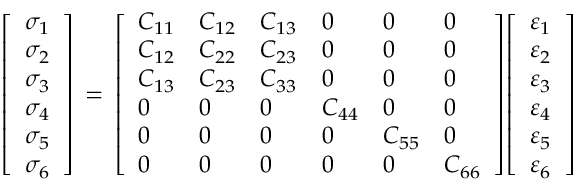
{ \left[ \begin{array} { l } { \sigma _ { 1 } } \\ { \sigma _ { 2 } } \\ { \sigma _ { 3 } } \\ { \sigma _ { 4 } } \\ { \sigma _ { 5 } } \\ { \sigma _ { 6 } } \end{array} \right] } \, = \, { \left[ \begin{array} { l l l l l l } { C _ { 1 1 } } & { C _ { 1 2 } } & { C _ { 1 3 } } & { 0 } & { 0 } & { 0 } \\ { C _ { 1 2 } } & { C _ { 2 2 } } & { C _ { 2 3 } } & { 0 } & { 0 } & { 0 } \\ { C _ { 1 3 } } & { C _ { 2 3 } } & { C _ { 3 3 } } & { 0 } & { 0 } & { 0 } \\ { 0 } & { 0 } & { 0 } & { C _ { 4 4 } } & { 0 } & { 0 } \\ { 0 } & { 0 } & { 0 } & { 0 } & { C _ { 5 5 } } & { 0 } \\ { 0 } & { 0 } & { 0 } & { 0 } & { 0 } & { C _ { 6 6 } } \end{array} \right] } { \left[ \begin{array} { l } { \varepsilon _ { 1 } } \\ { \varepsilon _ { 2 } } \\ { \varepsilon _ { 3 } } \\ { \varepsilon _ { 4 } } \\ { \varepsilon _ { 5 } } \\ { \varepsilon _ { 6 } } \end{array} \right] }